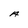
Character: A